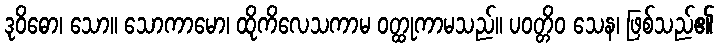
ဒုဝိဓော၊ သော။ သောကာမော၊ ထိုကိလေသကာမ ဝတ္ထုကာမသည်။ ပဝတ္တိဝ သေန၊ ဖြစ်သည်၏